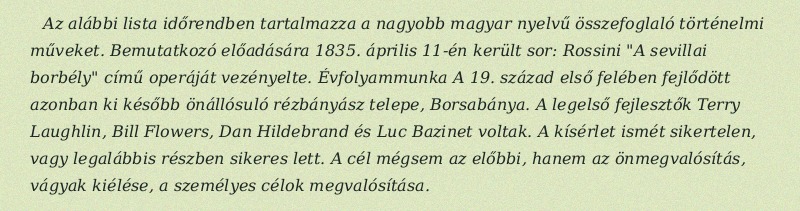
Az alábbi lista időrendben tartalmazza a nagyobb magyar nyelvű összefoglaló történelmi műveket. Bemutatkozó előadására 1835. április 11-én került sor: Rossini "A sevillai borbély" című operáját vezényelte. Évfolyammunka A 19. század első felében fejlődött azonban ki később önállósuló rézbányász telepe, Borsabánya. A legelső fejlesztők Terry Laughlin, Bill Flowers, Dan Hildebrand és Luc Bazinet voltak. A kísérlet ismét sikertelen, vagy legalábbis részben sikeres lett. A cél mégsem az előbbi, hanem az önmegvalósítás, vágyak kiélése, a személyes célok megvalósítása.